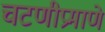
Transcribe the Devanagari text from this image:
चटणीप्रमाणे